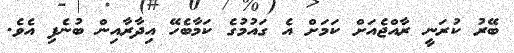
ބޭރު ކުރަނީ ރާއްޖެއަށް ކަމަށް އެ ގައުމުގެ ކަމާބެހޭ އިދާރާއިން ބުނެފި އެވެ.